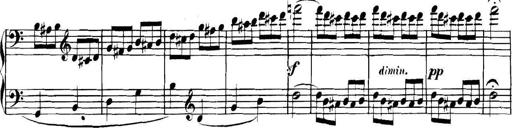
Title: Collected Piano Sonatas
Composer: Muzio Clementi